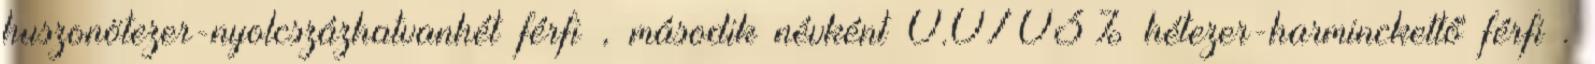
huszonötezer-nyolcszázhatvanhét férfi , második névként 0.0703% hétezer-harminckettő férfi .